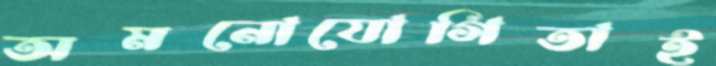
অমনোযোগিতাই